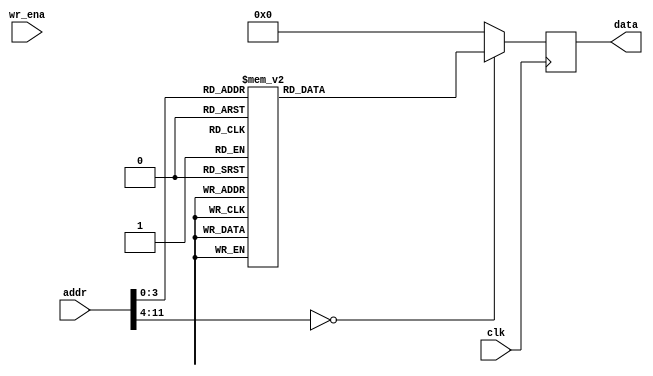
module mem_input (clk, addr, wr_ena, data);
parameter DATA_WIDTH =  32;
input clk;
input [11:0] addr;
input wr_ena;
output [DATA_WIDTH-1:0] data;
reg    [DATA_WIDTH-1:0] data;
always@(posedge clk) begin
    case(addr)
        0:  data   <=  32'b0_0000_0000_0000_0000_0000_0000_0000_000;
        1:  data   <=  32'b0_0111_1110_0001_0011_0100_1001_0001_101 ;
        2:  data   <=  32'b0_0111_1111_1101_0101_0111_1001_0111_110 ;
        3:  data   <=  32'b1_1000_0000_0010_0001_0010_0001_1110_010 ;
        4:  data   <=  32'b0_0111_1110_1011_1001_0110_1110_1100_100 ;
        5:  data   <=  32'b0_0111_1101_0100_0110_0110_1010_0110_010 ;
        6:  data   <=  32'b1_0111_1111_0100_1110_1100_0100_1010_100 ;
        7:  data   <=  32'b1_0111_1101_1011_1011_1111_1111_1000_110 ;
        8:  data   <=  32'b0_0111_1101_0101_1110_1101_1000_1111_001;
        default: data <= 0;
    endcase
end
endmodule